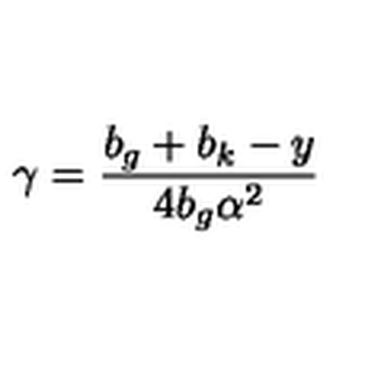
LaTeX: \gamma = \frac { b _ { g } + b _ { k } - y } { 4 b _ { g } \alpha ^ { 2 } }